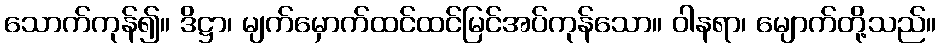
သောက်ကုန်၍။ ဒိဋ္ဌာ၊ မျက်မှောက်ထင်ထင်မြင်အပ်ကုန်သော။ ဝါနရာ၊ မျောက်တို့သည်။